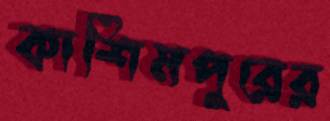
কাশিমপুরের